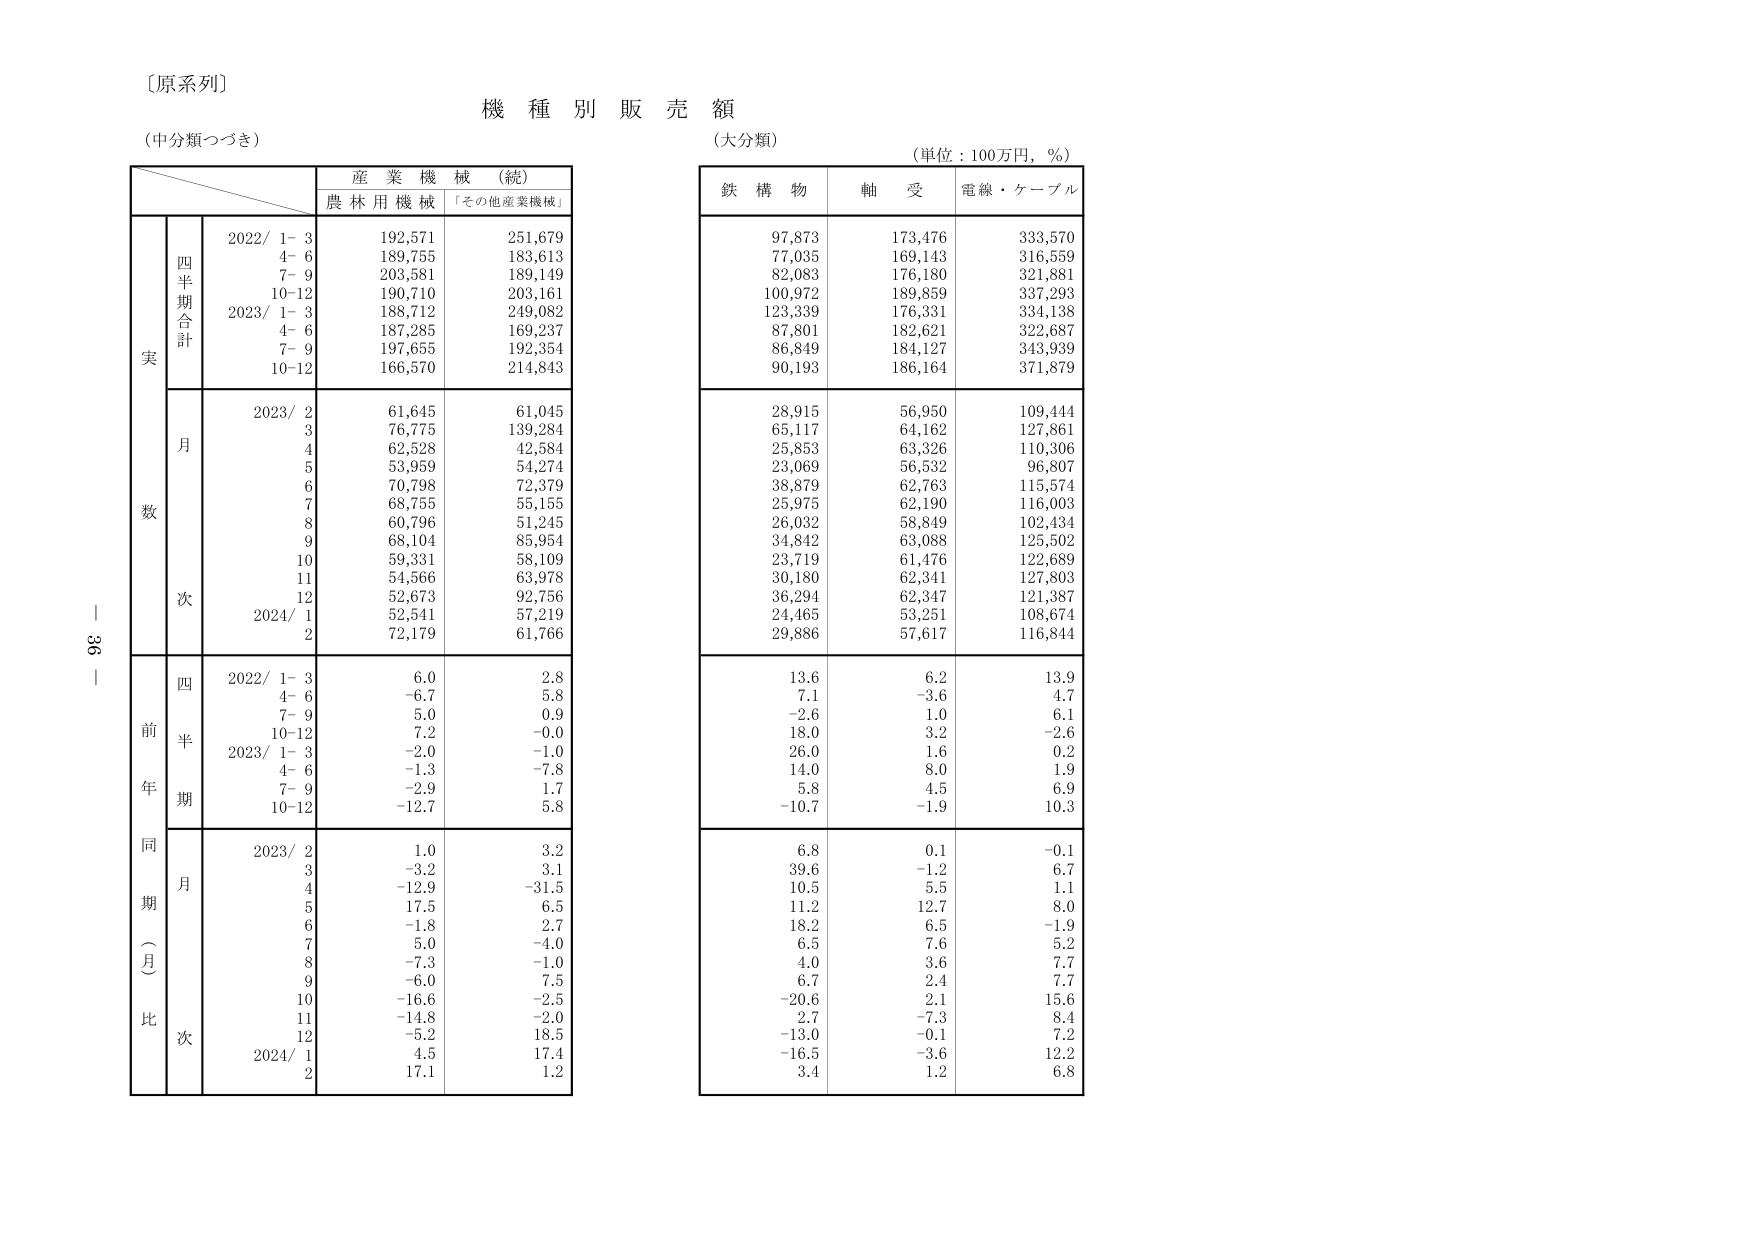
〔原系列〕
機 種 別 販 売 額
（中分類つづき）
（大分類）
（単位：100万円，％）
産 業 機 械 （続）
農 林 用 機 械 「その他産業機械」
鉄 構 物 軸 受 電線・ケーブル
四半期合計
実
2022/ 1- 3 192,571 251,679 97,873 173,476 333,570
4- 6 189,755 183,613 77,035 169,143 316,559
7- 9 203,581 189,149 82,083 176,180 321,881
10-12 190,710 203,161 100,972 189,859 337,293
2023/ 1- 3 188,712 249,082 123,339 176,331 334,138
4- 6 187,285 169,237 87,801 182,621 322,687
7- 9 197,655 192,354 86,849 184,127 343,939
10-12 166,570 214,843 90,193 186,164 371,879
月
数
2023/ 2 61,645 61,045 28,915 56,950 109,444
3 76,775 139,284 65,117 64,162 127,861
4 62,528 42,584 25,853 63,326 110,306
5 53,959 54,274 23,069 56,532 96,807
6 70,798 72,379 38,879 62,763 115,574
7 68,755 55,155 25,975 62,190 116,003
8 60,796 51,245 26,032 58,849 102,434
9 68,104 85,954 34,842 63,088 125,502
10 59,331 58,109 23,719 61,476 122,689
11 54,566 63,978 30,180 62,341 127,803
12 52,673 92,756 36,294 62,347 121,387
2024/ 1 52,541 57,219 24,465 53,251 108,674
2 72,179 61,766 29,886 57,617 116,844
四
前
半
年
期
2022/ 1- 3 6.0 2.8 13.6 6.2 13.9
4- 6 -6.7 5.8 7.1 -3.6 4.7
7- 9 5.0 0.9 -2.6 1.0 6.1
10-12 7.2 -0.0 18.0 3.2 -2.6
2023/ 1- 3 -2.0 -1.0 26.0 1.6 0.2
4- 6 -1.3 -7.8 14.0 8.0 1.9
7- 9 -2.9 1.7 5.8 4.5 6.9
10-12 -12.7 5.8 -10.7 -1.9 10.3
同
期
（
月
）
比
次
2023/ 2 1.0 3.2 6.8 0.1 -0.1
3 -3.2 3.1 39.6 -1.2 6.7
4 -12.9 -31.5 10.5 5.5 1.1
5 17.5 6.5 11.2 12.7 8.0
6 -1.8 2.7 18.2 6.5 -1.9
7 5.0 -4.0 6.5 7.6 5.2
8 -7.3 -1.0 4.0 3.6 7.7
9 -6.0 7.5 6.7 2.4 7.7
10 -16.6 -2.5 -20.6 2.1 15.6
11 -14.8 -2.0 2.7 -7.3 8.4
12 -5.2 18.5 -13.0 -0.1 7.2
2024/ 1 4.5 17.4 -16.5 -3.6 12.2
2 17.1 1.2 3.4 1.2 6.8
36